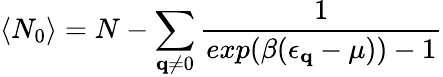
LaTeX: \langle N_{0}\rangle=N-\sum_{{\mathbf{q}}\neq 0}\frac{1}{exp(\beta(\epsilon_{{\mathbf{q}}}-\mu))-1}